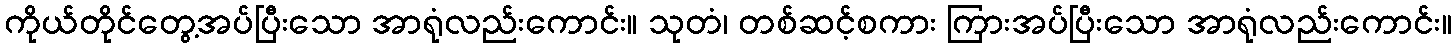
ကိုယ်တိုင်တွေ့အပ်ပြီးသော အာရုံလည်းကောင်း။ သုတံ၊ တစ်ဆင့်စကား ကြားအပ်ပြီးသော အာရုံလည်းကောင်း။